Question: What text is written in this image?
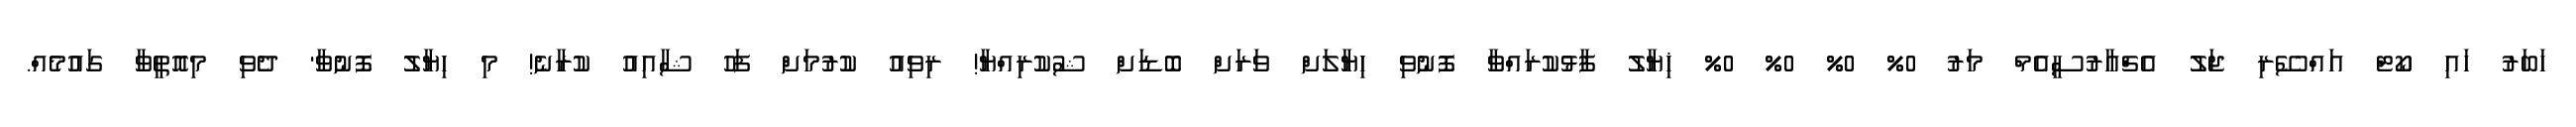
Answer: ހަބަރު ހައި ކޯޓް އައްސޭރި ޖަލު އެޗްއާރުސީއެމް މަރު 0% 0% 0% 0% ޚިޔާލު ފާޅުކުރައްވާ ފޮނުވި ހިޔާލަށް ވަރަށް ބޮޑަށް ޝުކުރިއްޔާ! ރިވިއު ކުރުމަށް ފަހު ޝާއިއު ކުރާނެ! މި ހިޔާލު ފޮނުވާ' ދެވި މިއޮތީވާ ގައުމެއް.